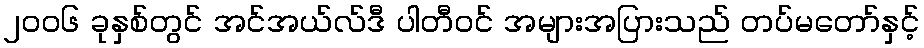
၂၀၀၆ ခုနှစ်တွင် အင်အယ်လ်ဒီ ပါတီဝင် အများအပြားသည် တပ်မတော်နှင့်